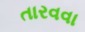
તારવવા